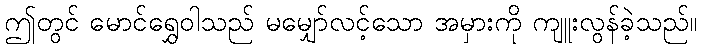
ဤတွင် မောင်ရွှေဝါသည် မမျှော်လင့်သော အမှားကို ကျူးလွန်ခဲ့သည်။